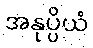
အနုပ္ပိယံ